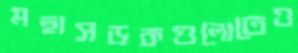
মহাসড়কগুলোতেও